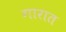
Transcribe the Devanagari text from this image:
गारात